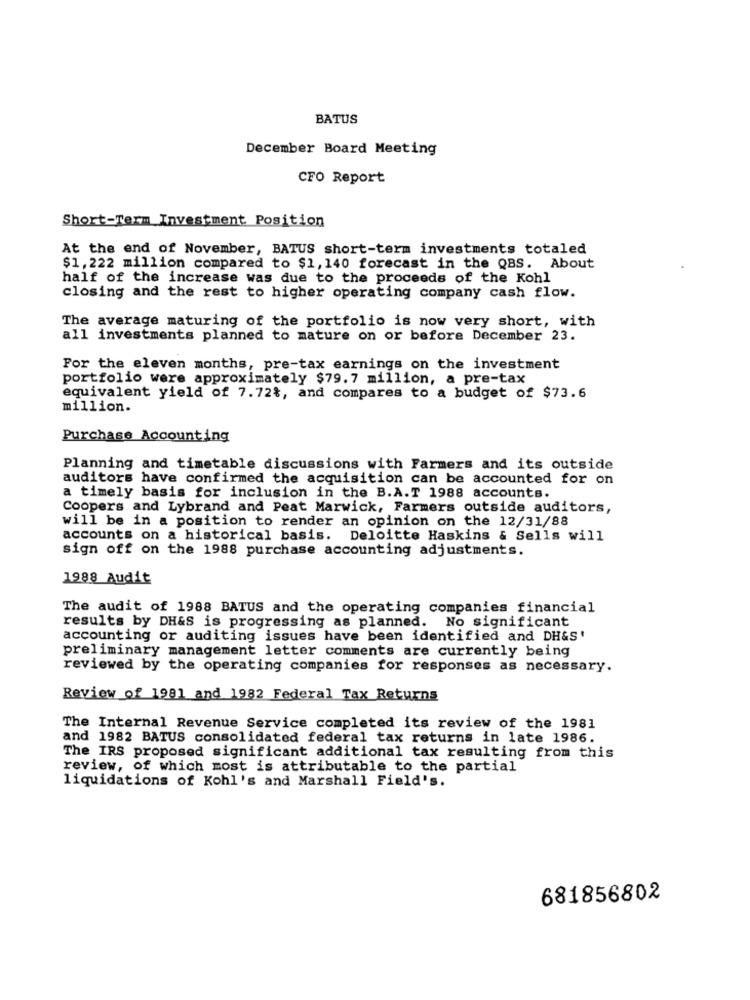
BATUS
December Board Meeting
CFO Report
Short-Term Investment Position
At the end of November, BATUS short-term investments totaled
$1,222 million compared to $1,140 forecast in the QBS. About
half of the increase was due to the proceeds of the Kohl
closing and the rest to higher operating company cash flow.
The average maturing of the portfolio is now very short, with
all investments planned to mature on or before December 23.
For the eleven months, pre-tax earnings on the investment
portfolio were approximately $79.7 million, a pre-tax
equivalent yield of 7.72%, and compares to a budget of $73.6
million.
Purchase Accounting
Planning and timetable discussions with Farmers and its outside
auditors have confirmed the acquisition can be accounted for on
a timely basis for inclusion in the B.A.T 1988 accounts.
Coopers and Lybrand and Peat Marwick, Farmers outside auditors,
will be in a position to render an opinion on the 12/31/88
accounts on a historical basis. Deloitte Haskins & Sells will
sign off on the 1988 purchase accounting adjustments.
1988 Audit
The audit of 1988 BATUS and the operating companies financial
results by DH&S is progressing as planned. No significant
accounting or auditing issues have been identified and DH&S'
preliminary management letter comments are currently being
reviewed by the operating companies for responses as necessary.
Review of 1981 and 1982 Federal Tax Returns
The Internal Revenue Service completed its review of the 1981
and 1982 BATUS consolidated federal tax returns in late 1986.
The IRS proposed significant additional tax resulting from this
review, of which most is attributable to the partial
liquidations of Kohl's and Marshall Field's.
681856802